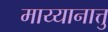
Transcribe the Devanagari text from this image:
माय्यानात्तु